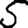
Digit: 5